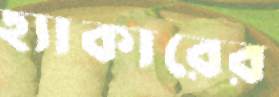
হ্যাকারের